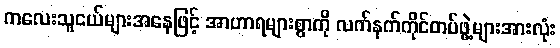
ကလေးသူငယ်များအနေဖြင့် အာဟာရများစွာကို လက်နက်ကိုင်တပ်ဖွဲ့များအားလုံး